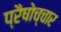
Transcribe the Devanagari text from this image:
प्रैषोच्चार